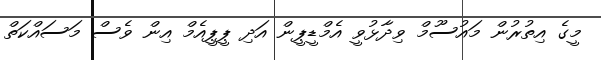
މީގެ އިތުރުން މައުސޫމް ވިދާޅުވީ އެމްޑީޕީން އަދި ޕީޕީއެމް އިން ވެސް މަސައްކަތް